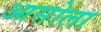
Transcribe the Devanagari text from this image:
आसोला